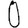
Digit: 0